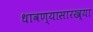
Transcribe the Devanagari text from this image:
धावण्यासारख्या